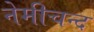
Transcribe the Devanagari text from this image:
नेमीचन्द